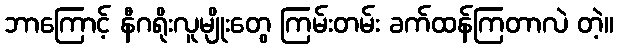
ဘာကြောင့် နီဂရိုးလူမျိုးတွေ ကြမ်းတမ်း ခက်ထန်ကြတာလဲ တဲ့။